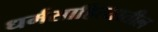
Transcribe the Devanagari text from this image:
धर्मसाहित्यातील